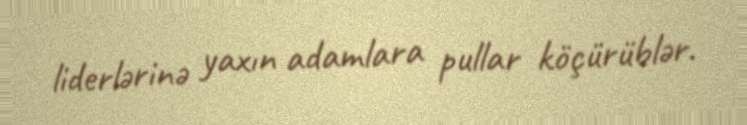
liderlərinə yaxın adamlara pullar köçürüblər.